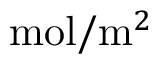
\mathrm { m o l } / \mathrm { m } ^ { 2 }